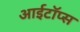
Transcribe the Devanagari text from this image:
आईटॉप्स